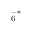
_ { 6 } ^ { - * }